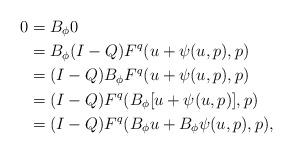
LaTeX: \begin{align*}0&= B_\phi 0\\&= B_\phi (I-Q) F^q(u + \psi(u,p),p)\\&= (I-Q) B_\phi F^q(u + \psi(u,p),p)\\&= (I-Q) F^q(B_\phi[u+\psi(u,p)], p)\\&= (I-Q) F^q(B_\phi u + B_\phi \psi(u,p), p),\end{align*}